画像に写った文字を読んでください
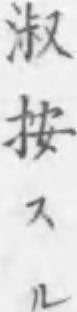
「淑按スル」と書いてあります